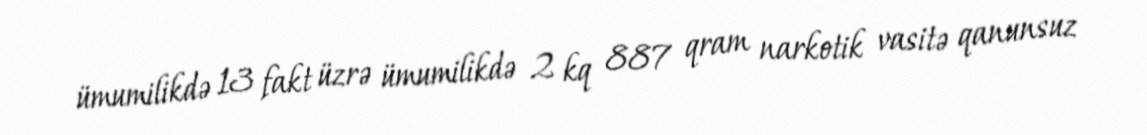
ümumilikdə 13 fakt üzrə ümumilikdə 2 kq 887 qram narkotik vasitə qanunsuz